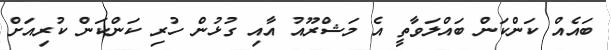
ބައެއް ކަންކަން ބައްލަވާތީ އެ މަޝްރޫއު އާއި ގުޅުން ހުރި ކަންކަން ކުރިއަށް